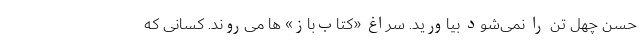
حسن چهل تن را نمی‌شود بیاورید. سراغ «کتاب‌باز» ها می‌روند. کسانی که